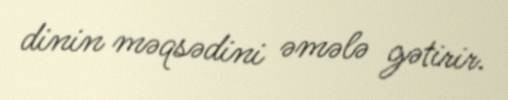
dinin məqsədini əmələ gətirir.